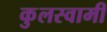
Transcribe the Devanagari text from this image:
कुुलस्वामी